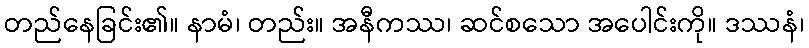
တည်နေခြင်း၏။ နာမံ၊ တည်း။ အနီကဿ၊ ဆင်စသော အပေါင်းကို။ ဒဿနံ၊